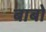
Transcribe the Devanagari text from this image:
बाबो